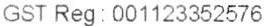
GST REG : 001123352576